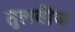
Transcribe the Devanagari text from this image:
तुलबीज